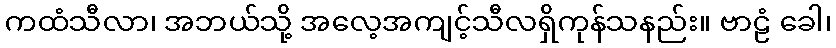
ကထံသီလာ၊ အဘယ်သို့ အလေ့အကျင့်သီလရှိကုန်သနည်း။ ဗာဠံ ခေါ၊